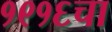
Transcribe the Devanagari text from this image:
१९१६चा